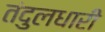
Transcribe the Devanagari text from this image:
तंदुलधारी